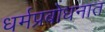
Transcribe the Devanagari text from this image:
धर्मप्रबोधनात